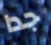
جدا